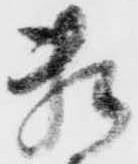
頼